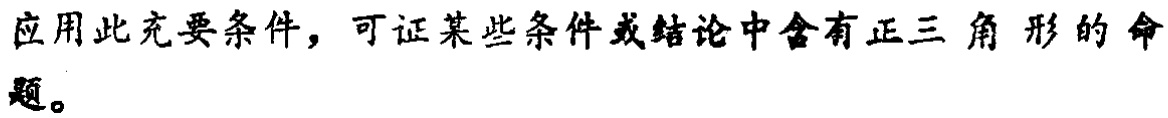
应用此充要条件，可证某些条件或结论中含有正三角形的命题。